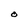
Character: O